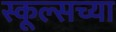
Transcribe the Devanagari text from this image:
स्कूल्सच्या